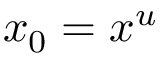
x _ { 0 } = x ^ { u }